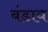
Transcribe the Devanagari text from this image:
बंडाय